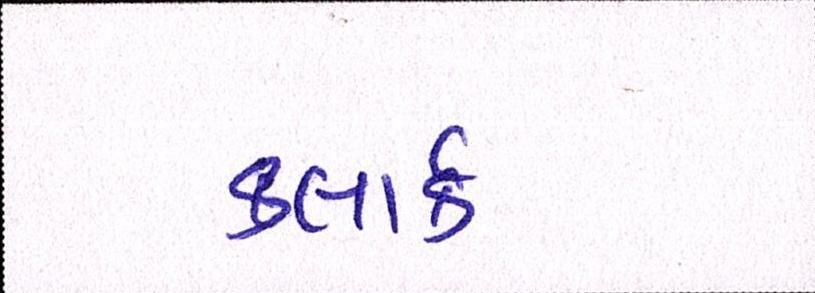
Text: કલાર્ક